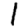
Digit: 1